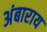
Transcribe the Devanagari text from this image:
अंबाराय